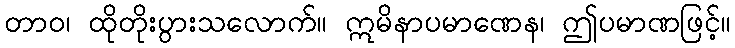
တာဝ၊ ထိုတိုးပွားသလောက်။ ဣမိနာပမာဏေန၊ ဤပမာဏဖြင့်။